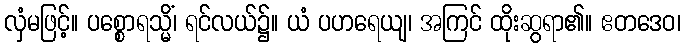
လှံမဖြင့်။ ပစ္စောရသ္မိံ၊ ရင်လယ်၌။ ယံ ပဟရေယျ၊ အကြင် ထိုးဆွရာ၏။ ဧတဒေဝ၊